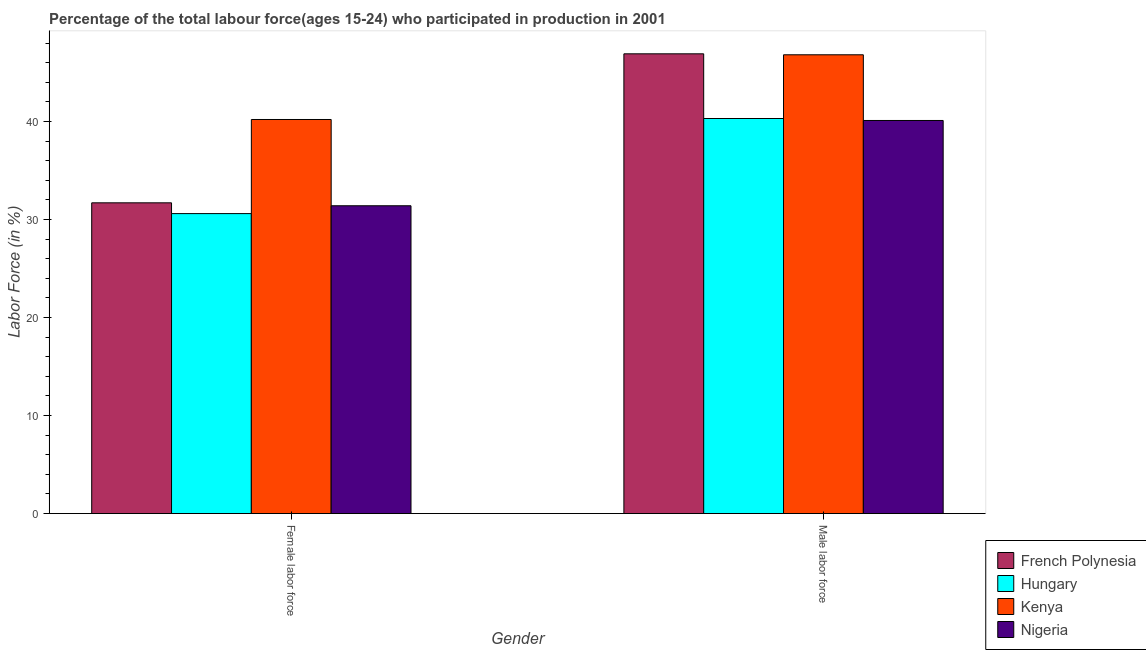
| Gender | French Polynesia | Hungary | Kenya | Nigeria |
 | --- | --- | --- | --- | --- |
 | Female labor force | 31.7 | 30.6 | 40.2 | 31.4 |
 | Male labor force | 46.9 | 40.3 | 46.8 | 40.1 |